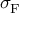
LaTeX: \sigma _ { \mathrm { F } }